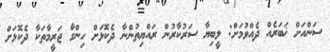
ސަންއަށް ޚަބަރެއް ދެއްވުމަށް: ލީބިޔާ ސަރުކާރުން ރައްޔިތުންނާ ދެކޮޅަށް ހިންގާ ޖަރީމާތަކާ ދެކޮޅަށް